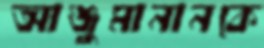
আঞ্জুমানানকে